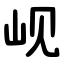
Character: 岘